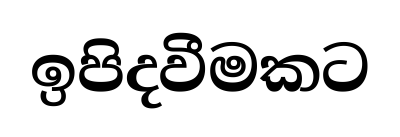
ඉපිදවීමකට